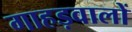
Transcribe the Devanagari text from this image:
गाहड़वालों